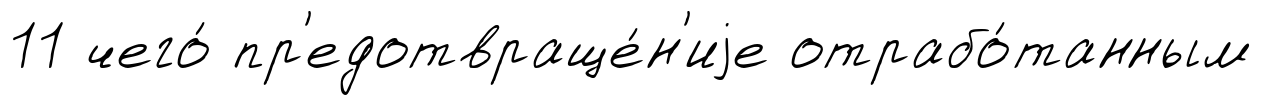
11 чего́ пр'едотвраще́н'иjе отрабо́танным